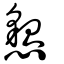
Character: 𢤧